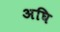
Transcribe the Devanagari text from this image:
अघि